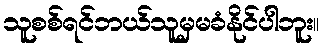
သူစစ်ရင်ဘယ်သူမှမခံနိုင်ပါဘူး။